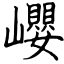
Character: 巊